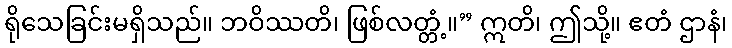
ရိုသေခြင်းမရှိသည်။ ဘဝိဿတိ၊ ဖြစ်လတ္တံ့။” ဣတိ၊ ဤသို့။ ဧတံ ဌာနံ၊